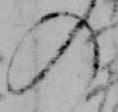
の